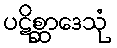
ပဋိစ္ဆာဒေသုံ